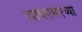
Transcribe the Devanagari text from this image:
आयएमएच्या